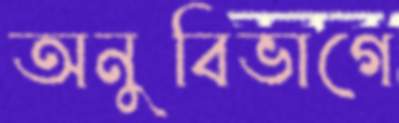
অনুবিভাগে